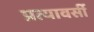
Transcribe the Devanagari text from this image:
प्रत्यावर्सी